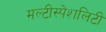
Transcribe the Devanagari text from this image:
मल्टीस्पेशलिटी